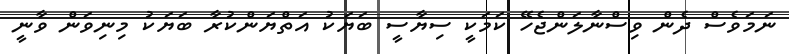
ނަމަވެސް ދެން ވިސްނާލަންޖެހޭ ކަމަކީ ސިޔާސީ ބަޔަކު އަތްޔަންކުރާ ބަޔަކު މިނިވަން ވާނީ